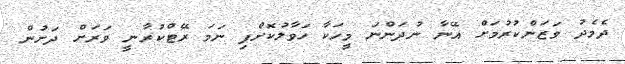
ދެމެދު ވަޒަންކުރުމަށް އޭނާ ނުދަންނަ މީހަކާ ހަވާލުކޮށްފި ނަމަ ރޭޓްކުރާނީ ވަރަށް ދަށުން